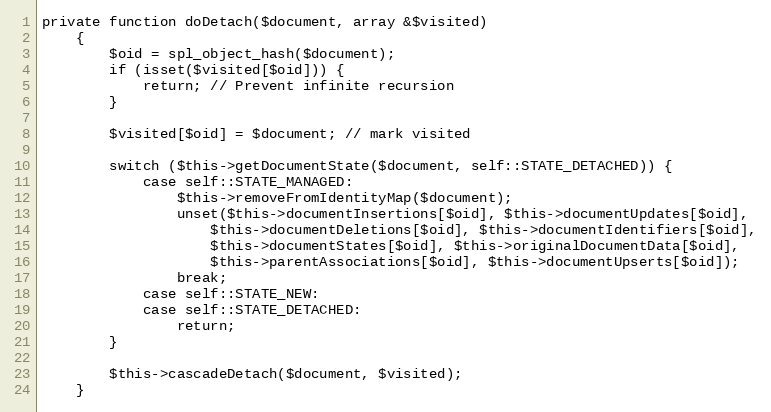
Language: PHP
private function doDetach($document, array &$visited)
    {
        $oid = spl_object_hash($document);
        if (isset($visited[$oid])) {
            return; // Prevent infinite recursion
        }

        $visited[$oid] = $document; // mark visited

        switch ($this->getDocumentState($document, self::STATE_DETACHED)) {
            case self::STATE_MANAGED:
                $this->removeFromIdentityMap($document);
                unset($this->documentInsertions[$oid], $this->documentUpdates[$oid],
                    $this->documentDeletions[$oid], $this->documentIdentifiers[$oid],
                    $this->documentStates[$oid], $this->originalDocumentData[$oid],
                    $this->parentAssociations[$oid], $this->documentUpserts[$oid]);
                break;
            case self::STATE_NEW:
            case self::STATE_DETACHED:
                return;
        }

        $this->cascadeDetach($document, $visited);
    }